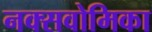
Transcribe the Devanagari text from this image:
नक्सवोमिका